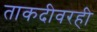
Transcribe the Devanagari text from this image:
ताकदीवरही